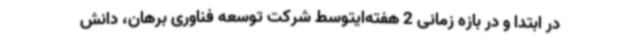
در ابتدا و در بازه زمانی 2 هفته‌ایتوسط شرکت توسعه فناوری برهان، دانش